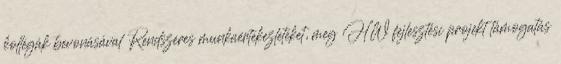
kollégák bevonásával Rendszeres munkaértekezleteket, meg HW fejlesztési projekt támogatás